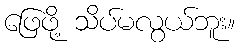
ဖြေဖို့ သိပ်မလွယ်ဘူး။